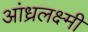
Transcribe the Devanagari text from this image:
आंध्रलक्ष्मी